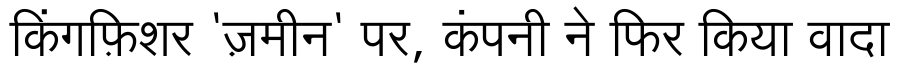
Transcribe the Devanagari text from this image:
किंगफ़िशर 'ज़मीन' पर, कंपनी ने फिर किया वादा